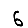
Digit: 6